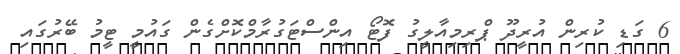
6 ގަޑި ކުރިން އުރީދޫ ޕްރިމިއާލީގު ފޮޓޯ އިންސްޓަގުރާމްކޮށްގެން ގައުމީ ޓީމު ބޭރުގައި